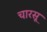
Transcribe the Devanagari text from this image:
चारसू